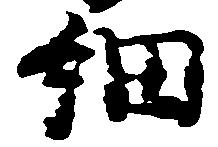
細